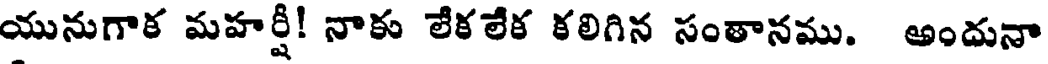
యునుగాక మహర్షీ! నాకు లేకలేక కలిగిన సంతానము. అందునా